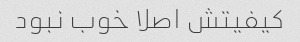
کیفیتش اصلا خوب نبود